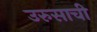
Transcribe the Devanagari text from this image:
उरुसाची